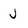
Character: J